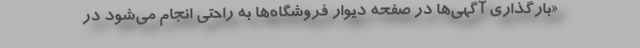
«بارگذاری آگهی‌ها در صفحه دیوار فروشگاه‌ها به راحتی انجام می‌شود در